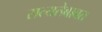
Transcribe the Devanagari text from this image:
सत्यतेबाबत